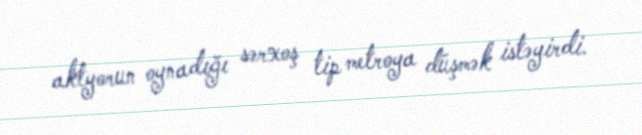
aktyorun oynadığı sərxoş tip metroya düşmək istəyirdi.